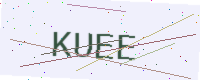
Text: KUEE